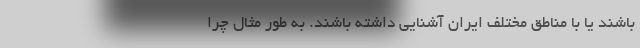
باشند یا با مناطق مختلف ایران آشنایی داشته باشند. به طور مثال چرا